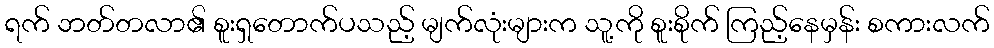
ရက် ဘတ်တလာ၏ စူးရှတောက်ပသည့် မျက်လုံးများက သူ့ကို စူးစိုက် ကြည့်နေမှန်း စကားလက်